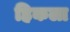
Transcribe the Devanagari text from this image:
हिकला